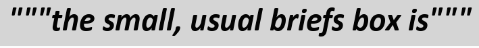
"""the small, usual briefs box is"""